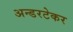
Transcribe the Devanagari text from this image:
अन्डरटेकर